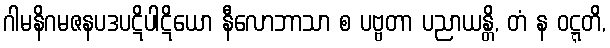
ဂါမနိဂမဇနပဒပဋိပါဋိယော နီလောဘာသာ စ ပဗ္ဗတာ ပညာယန္တိ, တံ န ဝဋ္ဋတိ,